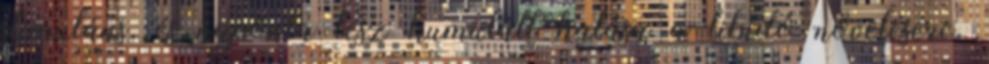
stimuláns, és naponta lesz kumulált hatása a libidó növelésére.